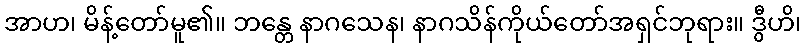
အာဟ၊ မိန့်တော်မူ၏။ ဘန္တေ နာဂသေန၊ နာဂသိန်ကိုယ်တော်အရှင်ဘုရား။ ဒွီဟိ၊